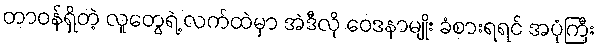
တာဝန်ရှိတဲ့ လူတွေရဲ့ လက်ထဲမှာ အဲဒီလို ဝေဒနာမျိုး ခံစားရရင် အပုံကြီး